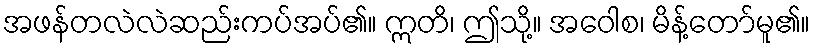
အဖန်တလဲလဲဆည်းကပ်အပ်၏။ ဣတိ၊ ဤသို့။ အဝေါစ၊ မိန့်တော်မူ၏။